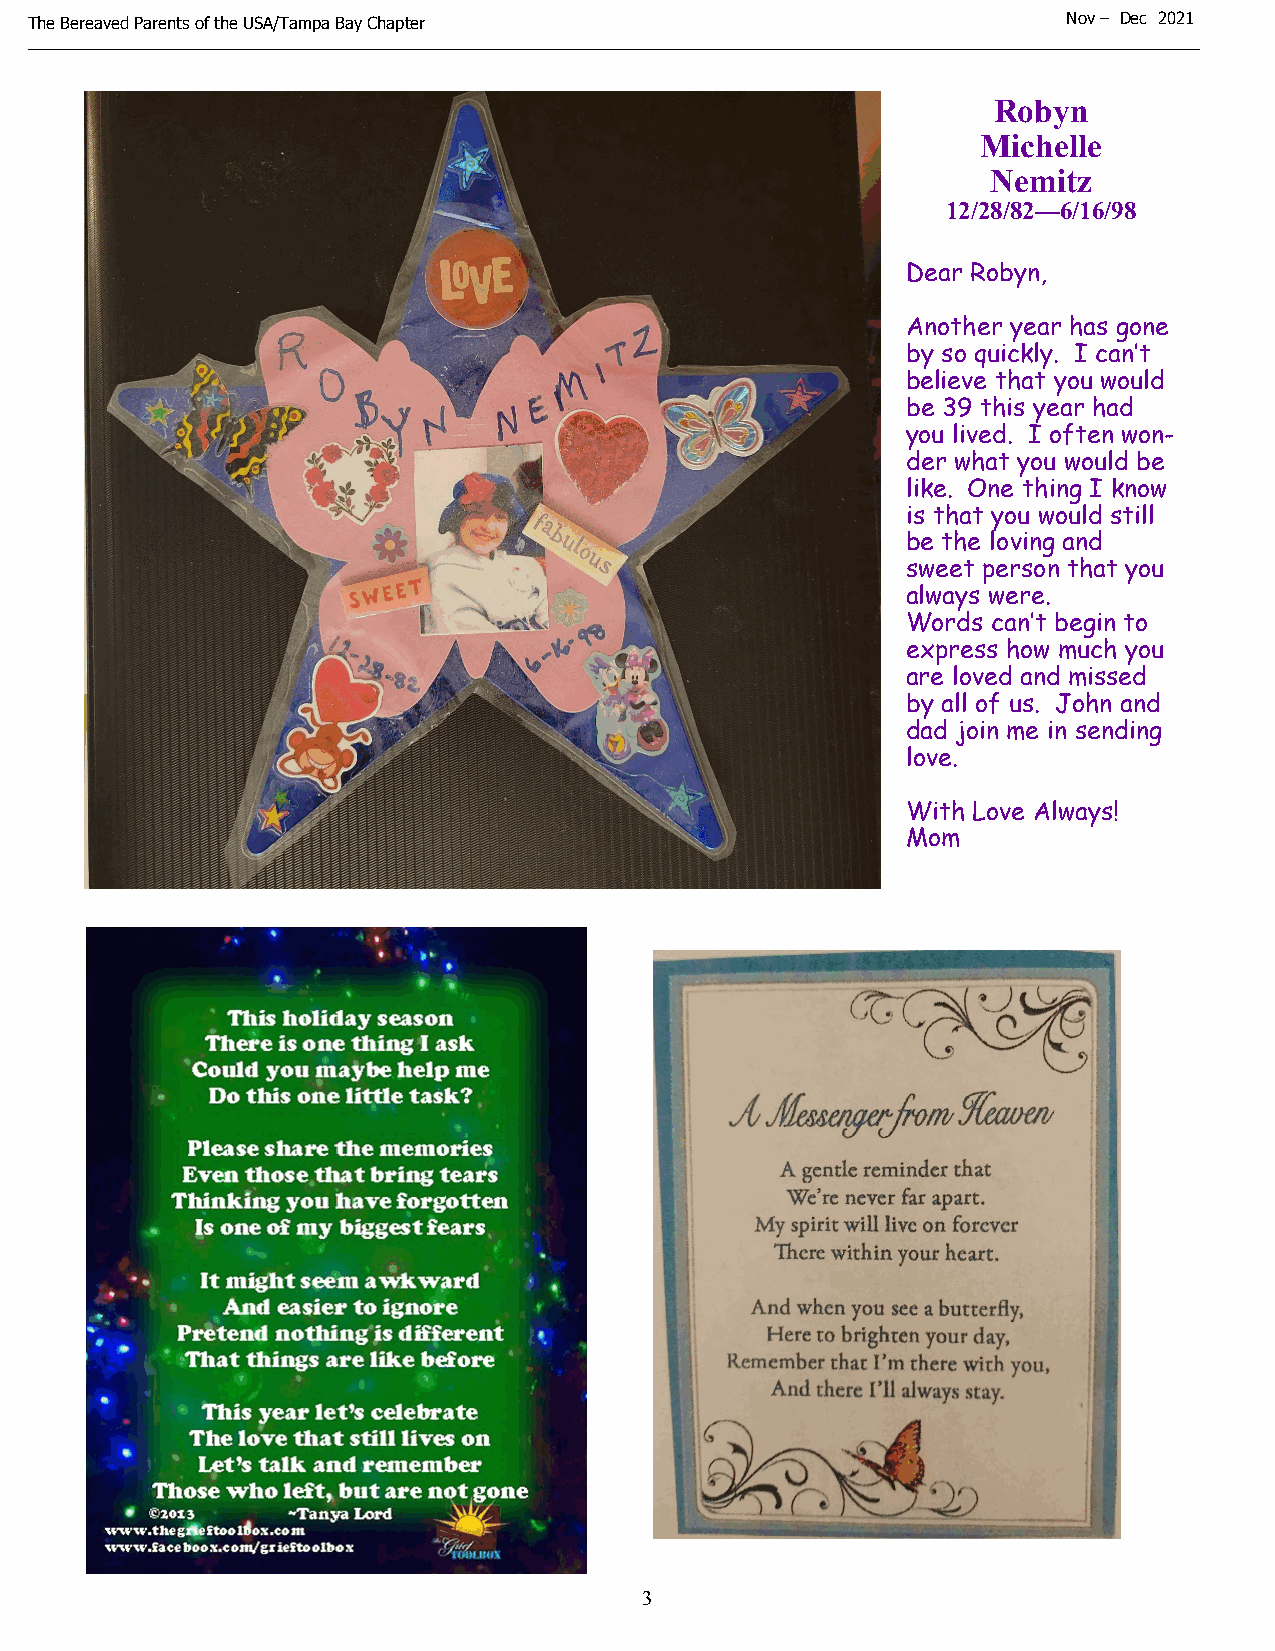
The Bereaved Parents of the USA/Tampa Bay Chapter                    N o v – Dec 2021
 Robyn
 Michelle
 Nemitz
 12/28/82—6/16/98
 Dear Robyn,
 Another year has gone
 by so quickly. I can’t
 believe that you would
 be 39 this year had
 you lived. I often won-
 der what you would be
 like. One thing I know
 is that you would still
 be the loving and
 sweet person that you
 always were.
 Words can’t begin to
 express how much you
 are loved and missed
 by all of us. John and
 dad join me in sending
 love.
 With Love Always!
 Mom
 3